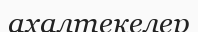
ахалтекелер